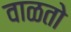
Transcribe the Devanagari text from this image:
वाळतो